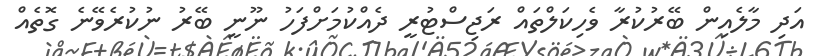
އަދި މާލެއިން ބޭރުކުރާ ވެހިކަލްތައް ރަޖިސްޓުރީ ދެއްކުމަށްފަހު ނޫނީ ބޭރު ނުކުރެވޭނެ ގޮތެއް